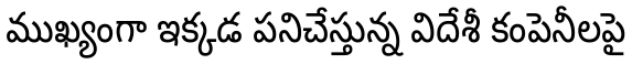
ముఖ్యంగా ఇక్కడ పనిచేస్తున్న విదేశీ కంపెనీలపై